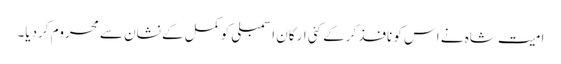
امیت شاہ نے اس کو نافذ کرکے کئی ارکان اسمبلی کو کمل کے نشان سے محروم کردیا۔